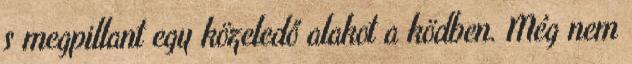
s megpillant egy közeledő alakot a ködben. Még nem